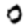
Digit: 0